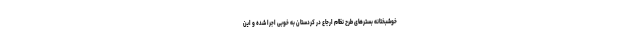
خوشبختانه بسترهای طرح نظام ارجاع در کردستان به خوبی اجرا شده و این